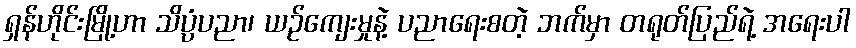
ရှန်ဟိုင်းမြို့ဟာ သိပ္ပံပညာ၊ ယဉ်ကျေးမှုနဲ့ ပညာရေးစတဲ့ ဘက်မှာ တရုတ်ပြည်ရဲ့ အရေးပါ